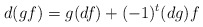
\begin{align*}d(gf)=g(df)+(-1)^t(dg)f\end{align*}